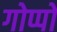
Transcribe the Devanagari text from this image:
गोप्पो